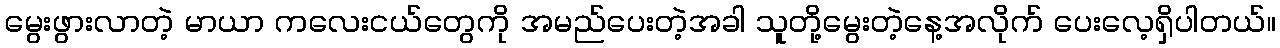
မွေးဖွားလာတဲ့ မာယာ ကလေးငယ်တွေကို အမည်ပေးတဲ့အခါ သူတို့မွေးတဲ့နေ့အလိုက် ပေးလေ့ရှိပါတယ်။